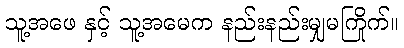
သူ့အဖေ နှင့် သူ့အမေက နည်းနည်းမျှမကြိုက်။